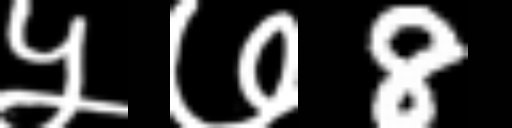
Text: ५७8